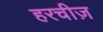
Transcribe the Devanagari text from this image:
हरचीज़